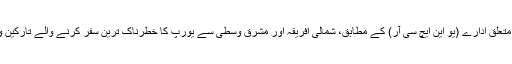
اقوام متحدہ کے پناہ گزینوں سے متعلق ادارے (یو این ایچ سی آر) کے مطابق، شمالی افریقہ اور مشرق وسطیٰ سے یورپ کا خطرناک ترین سفر کرنے والے تارکین وطن کی تعداد میں اضافہ ہوا ہے۔